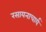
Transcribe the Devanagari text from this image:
रसायनाचार्य